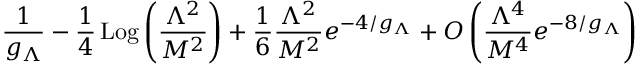
\frac { 1 } { g _ { \Lambda } } - \frac { 1 } { 4 } \, \mathrm { L o g } \left( \frac { \Lambda ^ { 2 } } { M ^ { 2 } } \right) + \frac { 1 } { 6 } \frac { \Lambda ^ { 2 } } { M ^ { 2 } } e ^ { - 4 / g _ { \Lambda } } + O \left( \frac { \Lambda ^ { 4 } } { M ^ { 4 } } e ^ { - 8 / g _ { \Lambda } } \right)